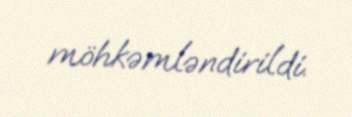
möhkəmləndirildi.